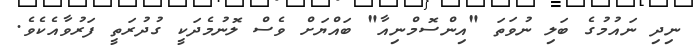
ނިދި ނައުމުގެ ބަލި ނުވަތަ "އިންސޮމްނިއާ" ބައްޔަށް ވެސް ލޮނުމެދަކީ ގުދުރަތީ ފަރުވާއެކެވެ.